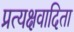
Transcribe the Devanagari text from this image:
प्रत्यक्षवादिता